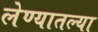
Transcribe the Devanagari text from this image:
लेण्यातल्या